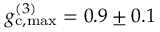
g _ { \mathrm { c , m a x } } ^ { ( 3 ) } = 0 . 9 \pm 0 . 1